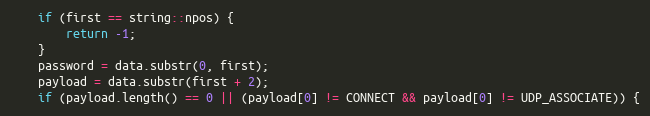
Language: C++
    if (first == string::npos) {
        return -1;
    }
    password = data.substr(0, first);
    payload = data.substr(first + 2);
    if (payload.length() == 0 || (payload[0] != CONNECT && payload[0] != UDP_ASSOCIATE)) {